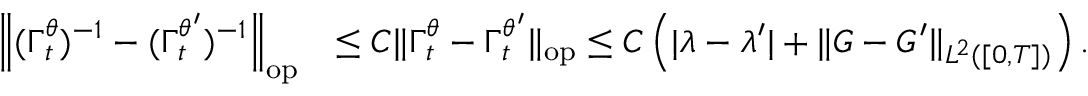
\begin{array} { r l } { \left\| ( \boldsymbol { \Gamma } _ { t } ^ { \theta } ) ^ { - 1 } - ( \boldsymbol { \Gamma } _ { t } ^ { \theta ^ { \prime } } ) ^ { - 1 } \right\| _ { \mathrm { o p } } } & { \le C \| \boldsymbol { \Gamma } _ { t } ^ { \theta } - \boldsymbol { \Gamma } _ { t } ^ { \theta ^ { \prime } } \| _ { \mathrm { o p } } \leq C \left( | \lambda - \lambda ^ { \prime } | + \| G - G ^ { \prime } \| _ { L ^ { 2 } ( [ 0 , T ] ) } \right) . } \end{array}